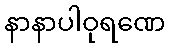
နာနာပါဝုရဏေ